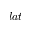
l a t